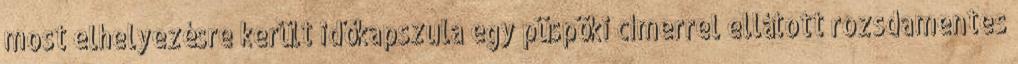
most elhelyezésre került időkapszula egy püspöki címerrel ellátott rozsdamentes